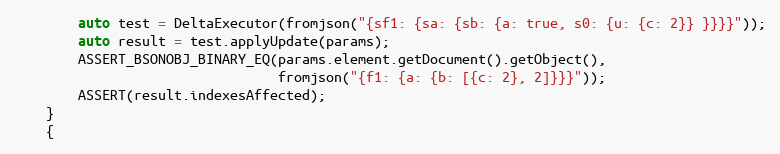
Language: C++
        auto test = DeltaExecutor(fromjson("{sf1: {sa: {sb: {a: true, s0: {u: {c: 2}} }}}}"));
        auto result = test.applyUpdate(params);
        ASSERT_BSONOBJ_BINARY_EQ(params.element.getDocument().getObject(),
                                 fromjson("{f1: {a: {b: [{c: 2}, 2]}}}"));
        ASSERT(result.indexesAffected);
    }
    {